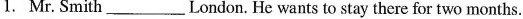
1.Mr. Smith_____London. He wants to stay there for two months.